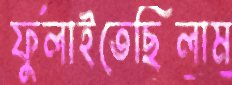
ফুলাইতেছিলাম